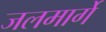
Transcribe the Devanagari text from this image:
जलमार्गे